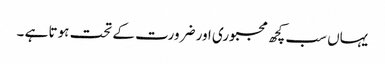
یہاں سب کچھ مجبوری اور ضرورت کے تحت ہوتا ہے ۔